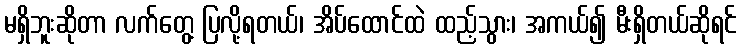
မရှိဘူးဆိုတာ လက်တွေ့ ပြလို့ရတယ်၊ အိပ်ထောင်ထဲ ထည့်သွား၊ အကယ်၍ မီးရှိတယ်ဆိုရင်